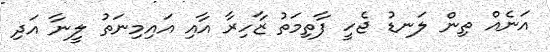
އަނެއް ތިން ލަނޑު ޖެހީ ފާތިމަތު ޒާހިރާ އާއި އައިމިނަތު ލީނާ އަދި